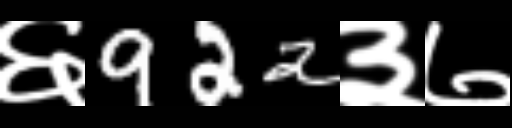
Text: ६922३७